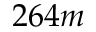
2 6 4 m